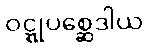
ဝဋ္ဋုပစ္ဆေဒါယ